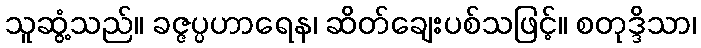
သူဆွံ့သည်။ ခဇ္ဇပ္ပဟာရေန၊ ဆိတ်ချေးပစ်သဖြင့်။ စတုဒ္ဒိသာ၊